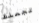
تجعلك